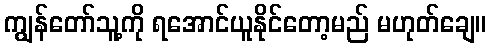
ကျွန်တော်သူ့ကို ရအောင်ယူနိုင်တော့မည် မဟုတ်ချေ။